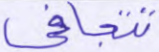
تتجافى